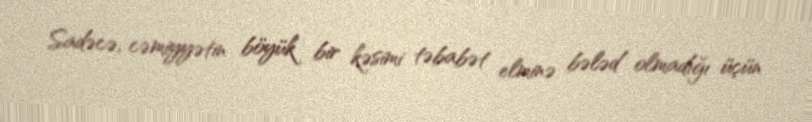
Sadəcə, cəmiyyətin böyük bir kəsimi təbabət elminə bələd olmadığı üçün